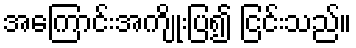
အကြောင်းအကျိုးပြ၍ ငြင်းသည်။